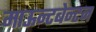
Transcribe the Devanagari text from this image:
माऊन्टबेन्टन